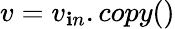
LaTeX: v=v_{\mathbf{i}n}.copy()